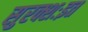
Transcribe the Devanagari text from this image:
सुरक्शःइत